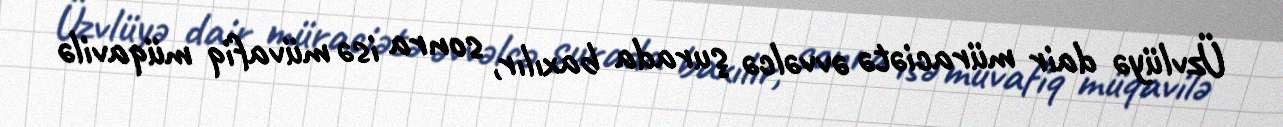
Üzvlüyə dair müraciətə əvvəlcə şurada baxılır, sonra isə müvafiq müqavilə